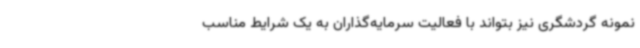
نمونه گردشگری نیز بتواند با فعالیت سرمایه‌گذاران به یک شرایط مناسب